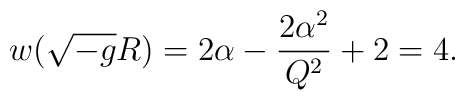
w(\sqrt{-g} R) = 2 \alpha - {2 \alpha^2 \over Q^2} + 2 = 4.